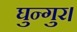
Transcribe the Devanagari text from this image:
घुन्गुर।